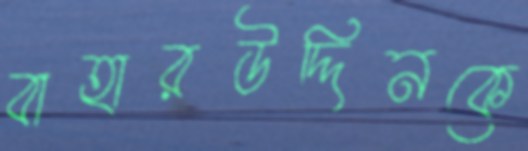
বাহারউদ্দিনকে